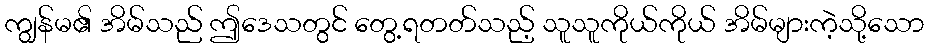
ကျွန်မ၏ အိမ်သည် ဤဒေသတွင် တွေ့ရတတ်သည့် သူသူကိုယ်ကိုယ် အိမ်များကဲ့သို့သော